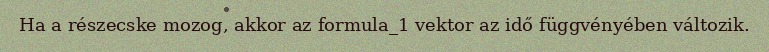
Ha a részecske mozog, akkor az formula_1 vektor az idő függvényében változik.